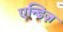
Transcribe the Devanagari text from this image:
एन्डिज़